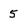
Character: 5